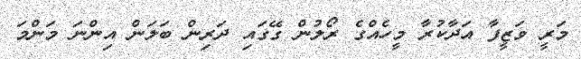
މަރީ ވަޒީފާ އަދާކުރާ މީހެއްގެ ރޯލުން ގޭގައި ދަރިން ބަލަން އިންނަ މަންމަ